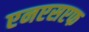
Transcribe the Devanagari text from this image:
एनएसएफ